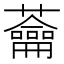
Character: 蘥